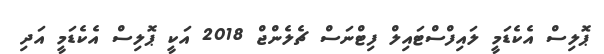
ޕޮލިސް އެކެޑަމީ ލައިފްސްޓައިލް ފިޓްނަސް ޗެލެންޖް 2018 އަކީ ޕޮލިސް އެކެޑަމީ އަދި